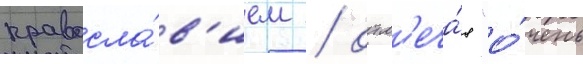
правосла́в'ием / отм'еча́я "о́чень